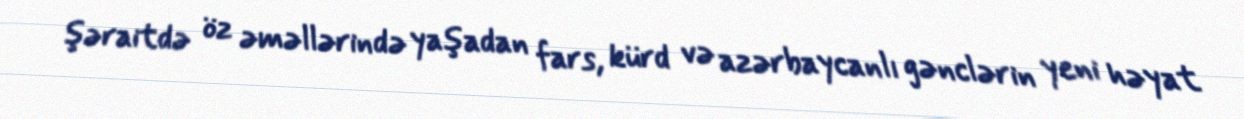
şəraitdə öz əməllərində yaşadan fars, kürd və azərbaycanlı gənclərin yeni həyat